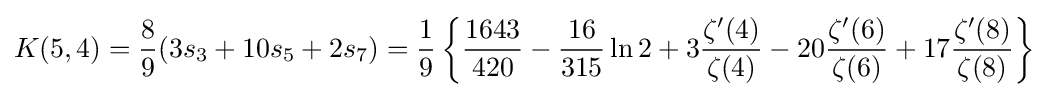
K(5,4)={\frac {8}{9}}(3s_{3}+10s_{5}+2s_{7})={\frac {1}{9}}\left\{{\frac {1643}{420}}-{\frac {16}{315}}\ln 2+3{\frac {\zeta '(4)}{\zeta (4)}}-20{\frac {\zeta '(6)}{\zeta (6)}}+17{\frac {\zeta '(8)}{\zeta (8)}}\right\}